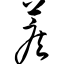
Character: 蒺